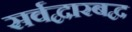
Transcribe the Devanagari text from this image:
सर्वद्वारबद्व